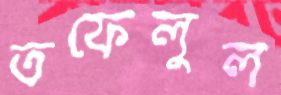
তফেলুল